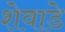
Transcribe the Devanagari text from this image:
शेवाडे